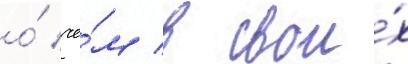
о́ че́м в свои́х